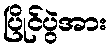
ပြိုင်ပွဲအား